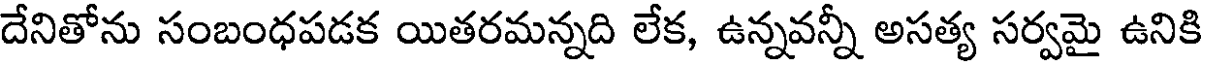
దేనితోను సంబంధపడక యితరమన్నది లేక, ఉన్నవన్నీ అసత్య సర్వమై ఉనికి